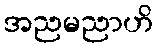
အညမညာဟိ